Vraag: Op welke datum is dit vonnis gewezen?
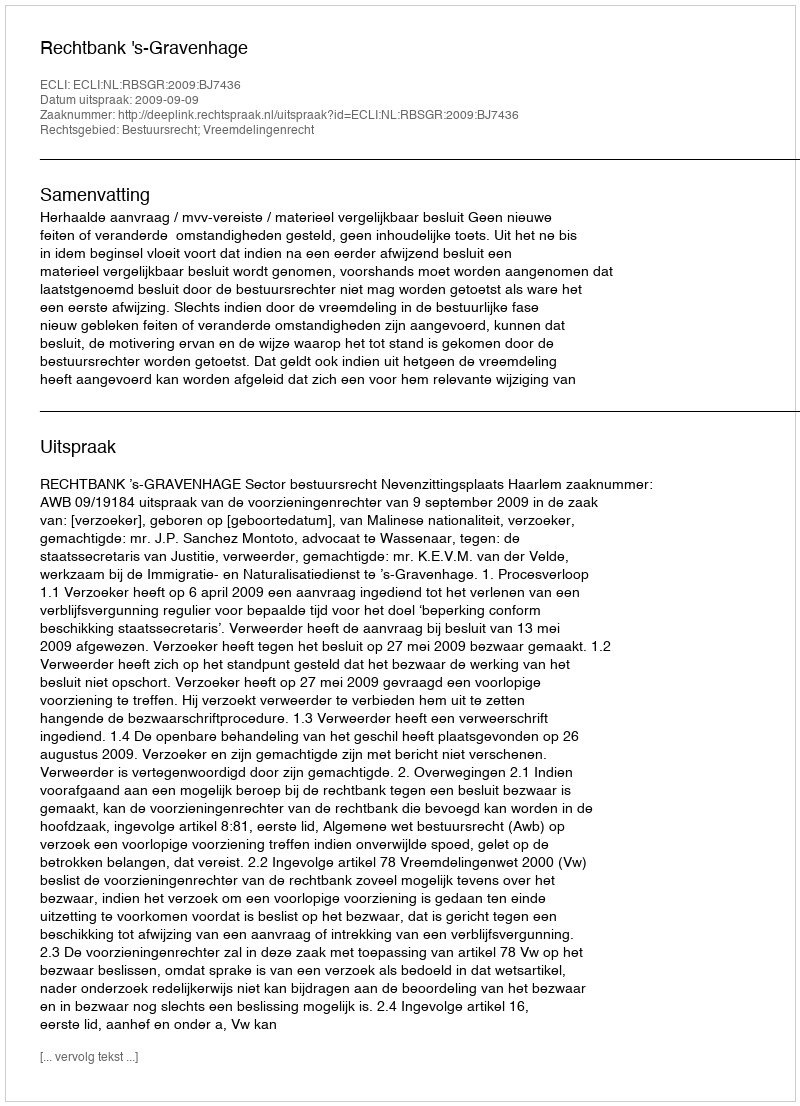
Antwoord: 2009-09-09